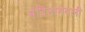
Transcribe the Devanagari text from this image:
मंदिनामदली